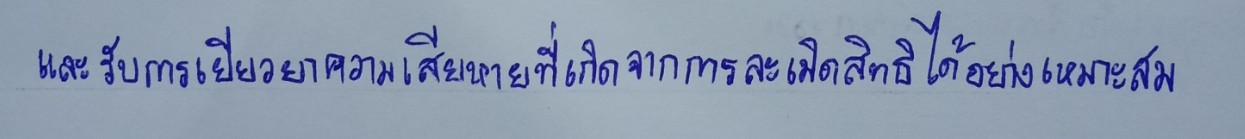
และรับการเยียวยาความเสียหายที่เกิดจากการละเมิดสิทธิได้อย่างเหมาะสม